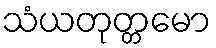
သံယတုတ္တမော